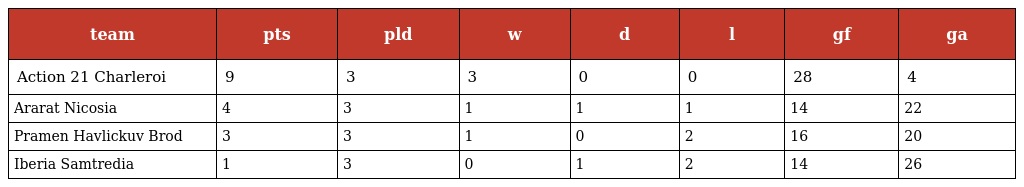
| team | pts | pld | w | d | l | gf | ga |
 | --- | --- | --- | --- | --- | --- | --- | --- |
 | Action 21 Charleroi | 9 | 3 | 3 | 0 | 0 | 28 | 4 |
 | Ararat Nicosia | 4 | 3 | 1 | 1 | 1 | 14 | 22 |
 | Pramen Havlickuv Brod | 3 | 3 | 1 | 0 | 2 | 16 | 20 |
 | Iberia Samtredia | 1 | 3 | 0 | 1 | 2 | 14 | 26 |